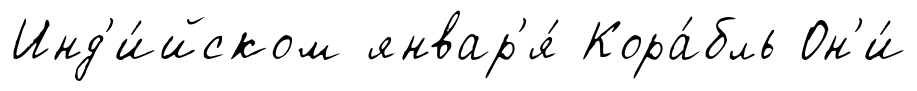
Инд'и́йском январ'я́ Кора́бль Он'и́